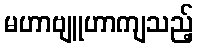
မဟာဗျူဟာကျသည့်